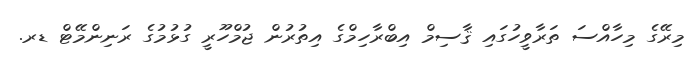
މިރޭގެ މިހާއްސަ ތަރާވީހުގައި ޤާސިމް އިބްރާހިމްގެ އިތުރުން ޖުމްހޫރީ ގުޅުމުގެ ރަނިންމޭޓް ޑރ.